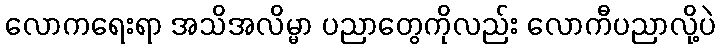
လောကရေးရာ အသိအလိမ္မာ ပညာတွေကိုလည်း လောကီပညာလို့ပဲ